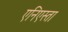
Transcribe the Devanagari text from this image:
एनिएस्ता